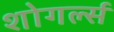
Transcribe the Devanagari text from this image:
शोगर्ल्स